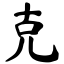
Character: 克